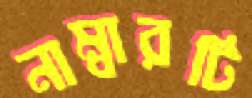
নাম্বারটি